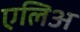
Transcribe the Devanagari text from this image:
एलिअ